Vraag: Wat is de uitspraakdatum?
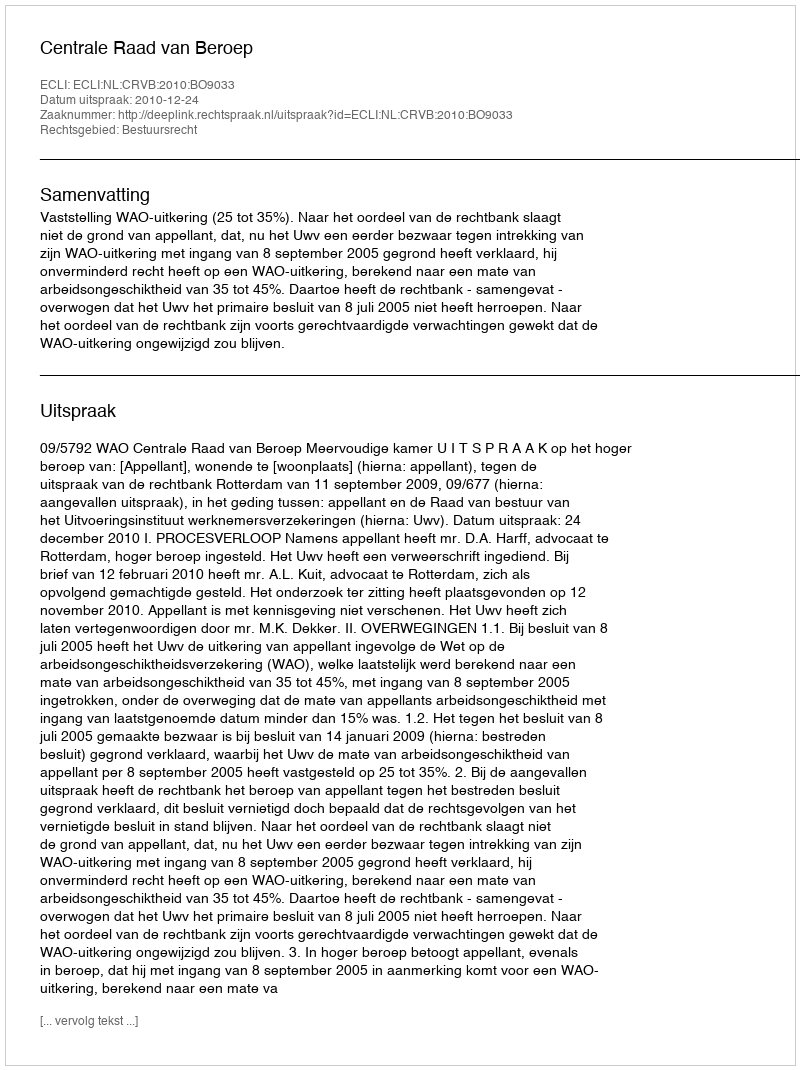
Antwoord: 2010-12-24